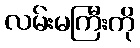
လမ်းမကြီးကို